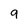
Character: 9